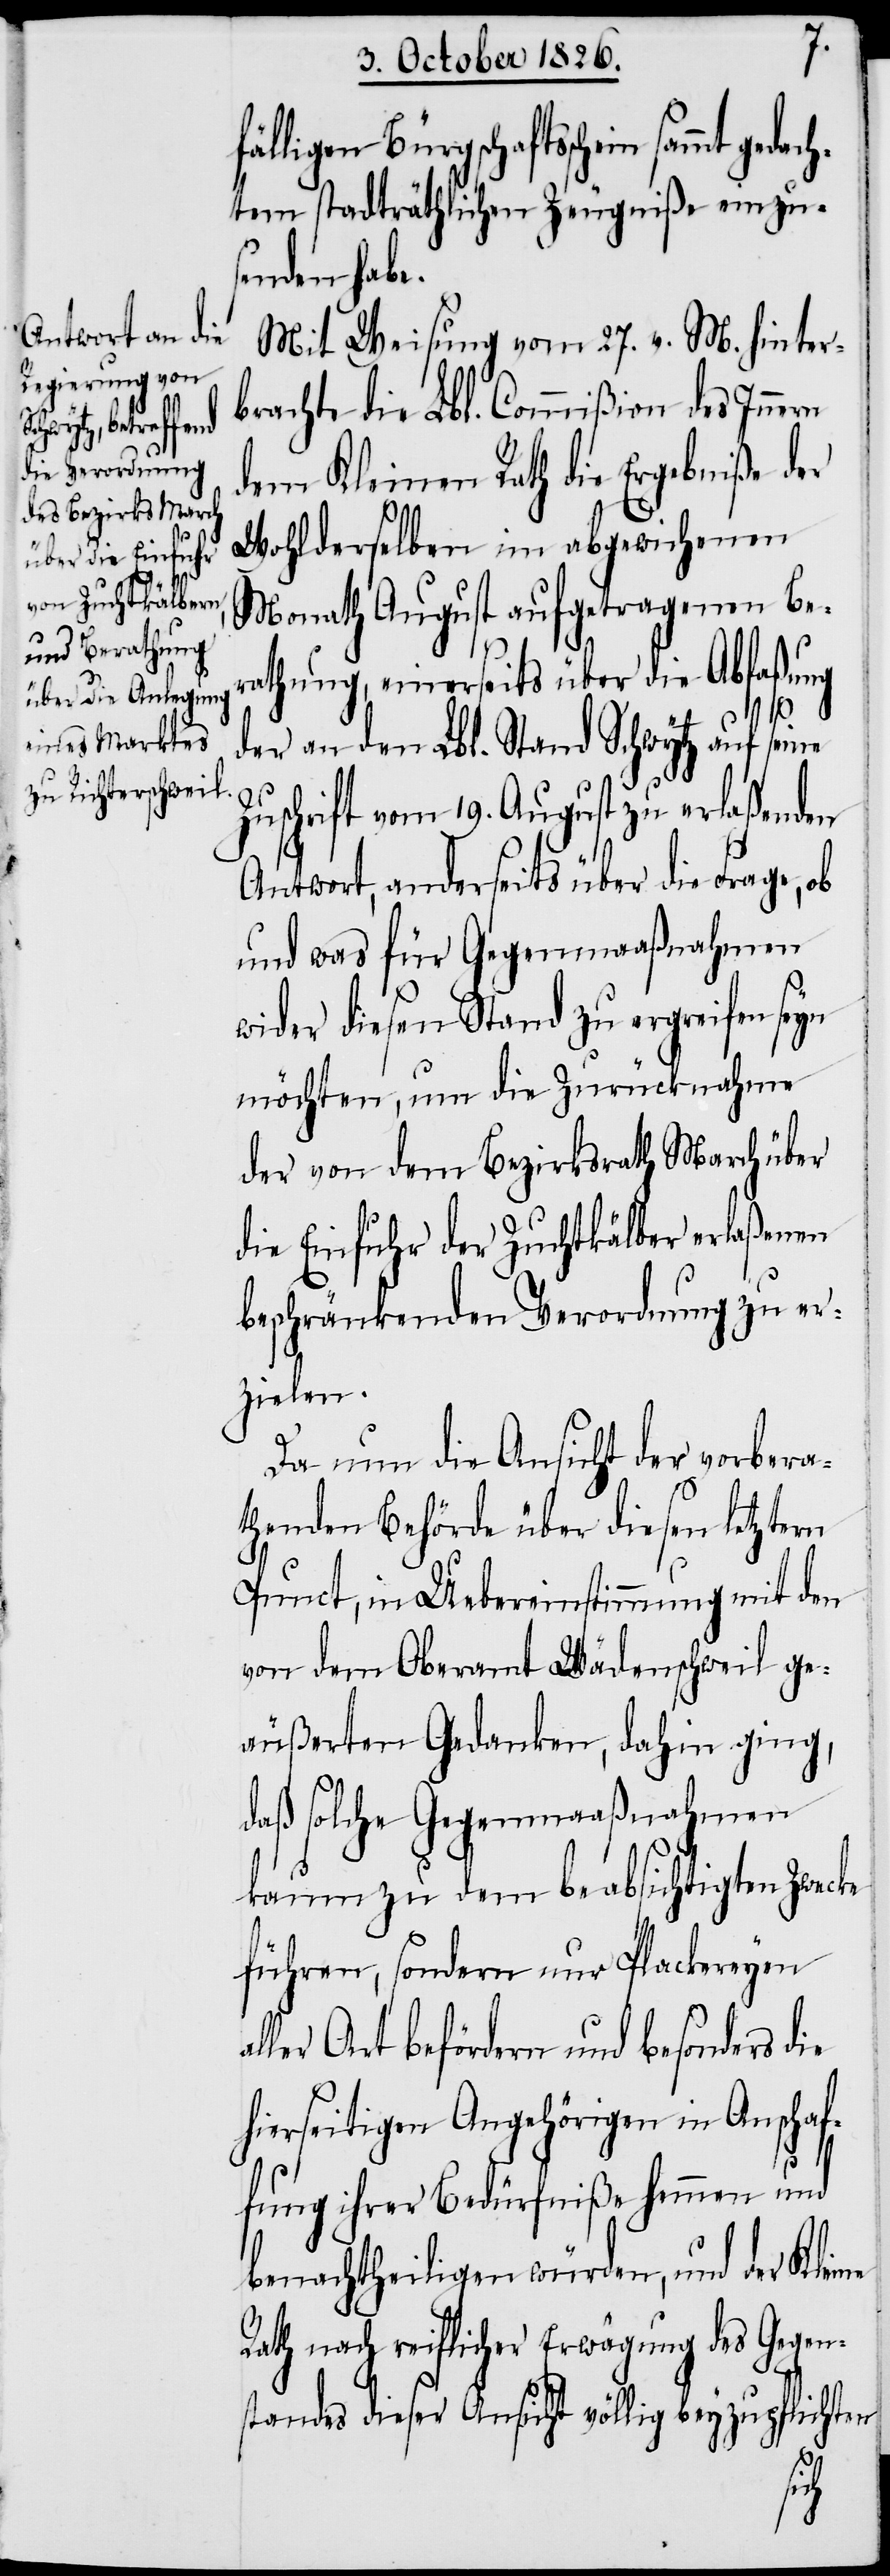
fälligen Bürgschaftsschein sam¬
tem stadträthlichen Zeugniße einzu¬
senden habe.
Mit Weisung vom 27. v. M. hinter¬
brachte die Lbl. Commißion des Innern
dem Kleinen Rath die Ergebniße der
Wohlderselben im abgewichenen
Monath August aufgetragenen Be¬
rathung, einerseits über die Abfaßung
gedach¬
der an den Lbl. Stand Schwytz auf seine
Zuschrift vom 19. August zu erlaßenden
Antwort, anderseits über die Frage, ob
und was für Gegenmaaßnahmen
wider diesen Stand zu ergreifen seyn
möchten, um die Zurücknahme
der von dem Bezirksrath March über
die Einfuhr der Zuchtkälber erlaßenen
beschränkenden Verordnung zu er¬
zielen.
Da nun die Ansicht der vorbera¬
thenden Behörde über diesen letztern
Punct, in Uebereinstimmung mit den
von dem Oberamt Wädenschweil ge¬
äußerten Gedanken, dahin ging,
daß solche Gegenmaaßnahmen
kaum zu dem beabsichtigten Zwecke
führen, sondern nur Plackereyen
ler Art befördern und besonders die
hierseitigen Angehörigen in Anschaf¬
fung ihrer Bedürfniße hemmen und
benachtheiligen würden, und der Kleine
Rath nach reiflicher Erwägung des Gegen¬
standes dieser Ansicht völlig beyzupflichten
al¬